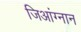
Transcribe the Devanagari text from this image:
जिआंग्नान